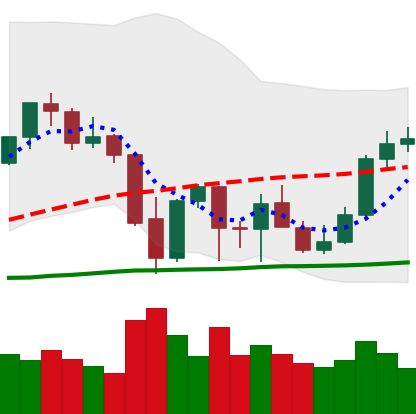
Ticker: ETH-USD
Chart end date: 2021-10-03
Forward return: 4.253%
Label: up_3_5